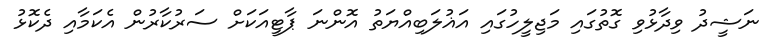
ނަޝީދު ވިދާޅުވި ގޮތުގައި މަޖިލީހުގައި އަޣުލަބިއްޔަތު އޮންނަ ޕާޓީއަކަށް ސަރުކާރުން އެކަމާއި ދެކޮޅު